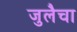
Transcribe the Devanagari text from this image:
जुलैचा